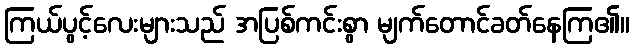
ကြယ်ပွင့်လေးများသည် အပြစ်ကင်းစွာ မျက်တောင်ခတ်နေကြ၏။